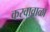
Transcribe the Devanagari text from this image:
करवावाळा